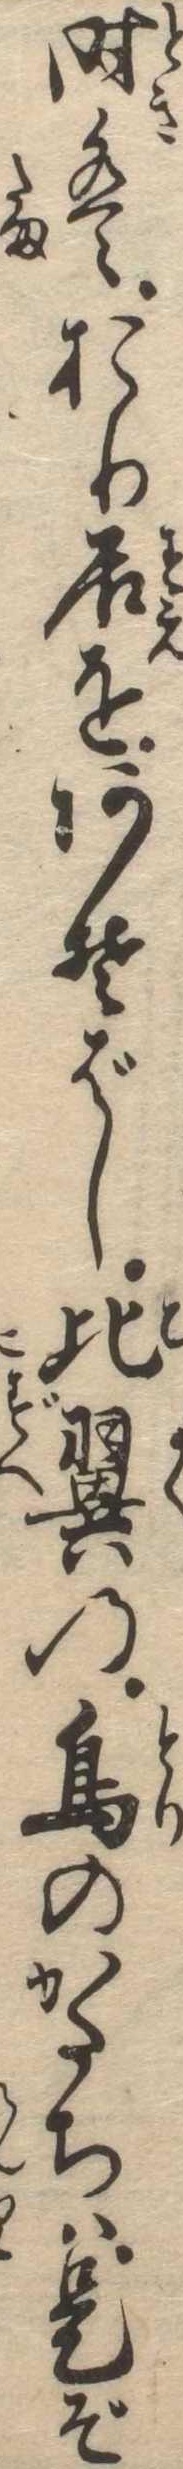
時はおり居をあそばし比翼の鳥のかたちは是ぞ